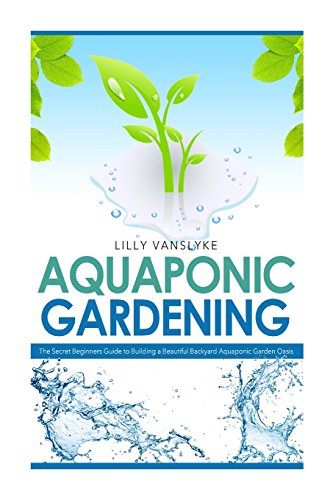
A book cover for Aquaponic Gardening: The Secret Beginners Guide to Building a Beautiful Backyard Aquaponic Garden Oasis (Aquaponic Gardening for Beginners - How to Set Up and Run Your Aquaponic Garden); Lilly VanSlyke; Medical Books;